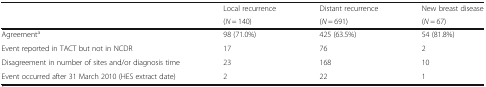
<table><thead><tr><td rowspan="2"></td><td><b>Local recurrence</b></td><td><b>Distant recurrence</b></td><td><b>New breast disease</b></td></tr><tr><td><b>(<i>N</i> = 140)</b></td><td><b>(<i>N</i> = 691)</b></td><td><b>(<i>N</i> = 67)</b></td></tr></thead><tbody><tr><td>Agreement<sup>a</sup></td><td>98 (71.0%)</td><td>425 (63.5%)</td><td>54 (81.8%)</td></tr><tr><td>Event reported in TACT but not in NCDR</td><td>17</td><td>76</td><td>2</td></tr><tr><td>Disagreement in number of sites and/or diagnosis time</td><td>23</td><td>168</td><td>10</td></tr><tr><td>Event occurred after 31 March 2010 (HES extract date)</td><td>2</td><td>22</td><td>1</td></tr></tbody></table>